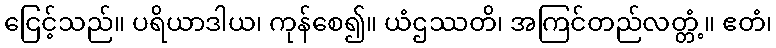
ငြေင့်သည်။ ပရိယာဒါယ၊ ကုန်စေ၍။ ယံဌဿတိ၊ အကြင်တည်လတ္တံ့။ ဧတံ၊